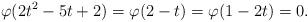
LaTeX: \begin{align*}\varphi(2t^2-5t+2)=\varphi(2-t)=\varphi(1-2t)=0.\end{align*}